system: You are a helpful assistant.
user:
Analyze the provided spectrum to determine if it is a **S-type Star**.

- **Key Indicators for S-type Star:**

    - **(Overall Spectrum Shape):** The first and most obvious characteristic is the overall continuum (the "baseline" shape). It is **extremely "red-sloping,"** meaning the flux (light intensity) is very low on the left side (blue, ~4000-4500 Å) and rises steeply and continuously toward the right side (red, ~7000 Å+).

    - **(Primary):** The spectrum is defined by the presence of strong, broad molecular absorption "valleys" (bands) from **Zirconium Oxide (ZrO)**. The identification of these bands is the **primary requirement** for classifying a star as S-type.
        - **(Key Bandheads):** You must find distinct, deep "dips" where the light has been absorbed. The most critical band systems to locate are:
            - **~6474 Å** ($\gamma$-system): This is often the strongest and clearest ZrO feature, found in the red part of the spectrum.
            - **~5718 Å** & **~5551 Å** ($\beta$-system): A pair of prominent absorption features in the yellow-orange part of the spectrum.
            - **~4640 Å** ($\alpha$-system): A key absorption band system in the blue-green region of the spectrum.

    - **(Secondary Confirmation):** The classification is strengthened by finding additional absorption bands from other related heavy element oxides, which are expected to be present alongside ZrO.
        - **(Key Bandheads):**
            - **Yttrium Oxide (YO):** Look for absorption dips near **~4800 Å** and **~6100 Å**.
            - **Lanthanum Oxide (LaO):** Additional absorption features, particularly in the red-orange part of the spectrum, are also characteristic.

    - **(Line Profile):** The combination of the steep red continuum and these numerous, deep molecular bands (ZrO, YO, etc.) gives the entire spectrum a very **"chopped-up"** or **"bumpy"** appearance. Instead of a smooth curve, the spectrum looks as though large, wide chunks of light have been "carved out" of it at the specific wavelengths listed above.

Think first, call **spectral_visualization_tool** if needed to examine features in detail, then provide your final answer. Your response must adhere to the following strict rules:
1.  **Overall Structure:** Your response must follow the format `<think>...</think> <tool_call>...</tool_call> (if a tool is used) <answer>...</answer>`.
2.  **Tool Usage Constraint:** You may only make **one** tool call per turn.
3.  **Final Answer Format:** In the `<answer>` tag, your conclusion must be inside a `\boxed{}` command (e.g., `\boxed{YES}` or `\boxed{NO}`), followed by your justification.

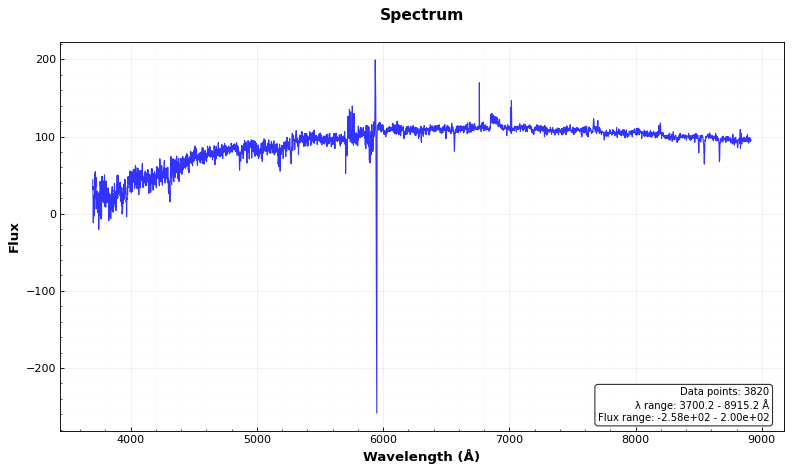
Answer: NO